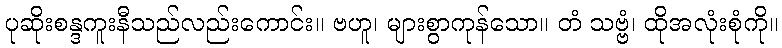
ပုဆိုးစန္ဒကူးနီသည်လည်းကောင်း။ ဗဟူ၊ များစွာကုန်သော။ တံ သဗ္ဗံ၊ ထိုအလုံးစုံကို။